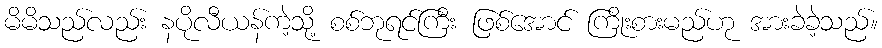
မိမိသည်လည်း နပိုလီယန်ကဲ့သို့ စစ်ဘုရင်ကြီး ဖြစ်အောင် ကြိုးစားမည်ဟု အားခဲခဲ့သည်။